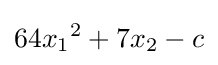
64x_{1}{}^{2}+7x_{2}-c